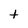
Character: t